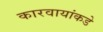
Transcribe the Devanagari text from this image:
कारवायांकडे